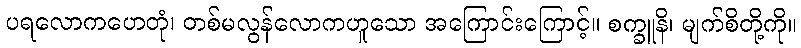
ပရလောကဟေတုံ၊ တစ်မလွန်လောကဟူသော အကြောင်းကြောင့်။ စက္ခူနိ၊ မျက်စိတို့ကို။